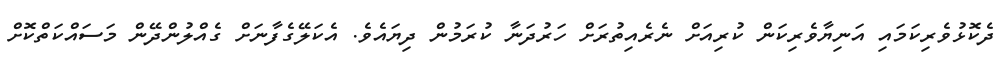
ދެކޮޅުވެރިކަމައި އަނިޔާވެރިކަން ކުރިއަށް ނެރެއިތުރަށް ހަރުދަނާ ކުރަމުން ދިޔައެވެ. އެކަލޭގެފާނަށް ގެއްލުންދޭން މަސައްކަތްކޮށް